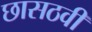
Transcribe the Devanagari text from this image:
छासठवीं